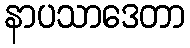
နာပသာဒေတာ